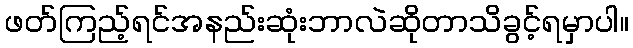
ဖတ်ကြည့်ရင်အနည်းဆုံးဘာလဲဆိုတာသိခွင့်ရမှာပါ။